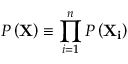
P \left( \mathbf { X } \right) \equiv \prod _ { i = 1 } ^ { n } P \left( \mathbf { X _ { i } } \right)